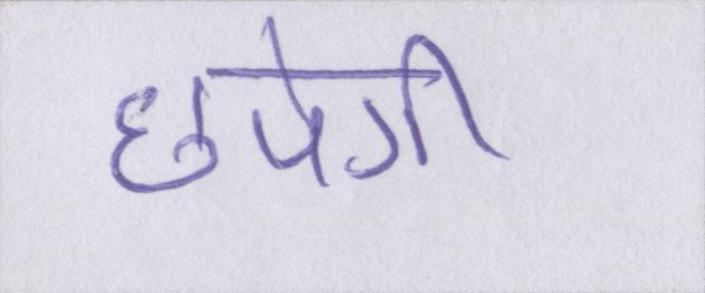
छपेगी